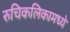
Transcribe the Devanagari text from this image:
रुचिकलिकामध्ये